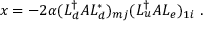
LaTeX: x = - 2 \alpha ( L _ { d } ^ { \dag } { \cal A } L _ { d } ^ { * } ) _ { m j } ( L _ { u } ^ { \dag } { \cal A } L _ { e } ) _ { 1 i } ~ .